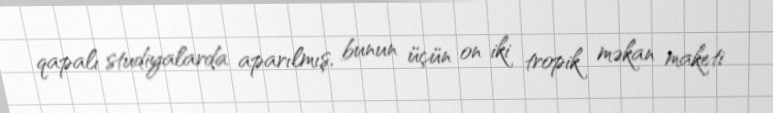
qapalı studiyalarda aparılmış, bunun üçün on iki tropik məkan maketi